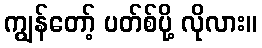
ကျွန်တော့် ပတ်စ်ပို့ လိုလား။